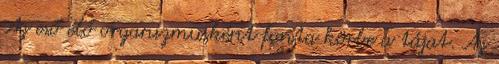
Az eső élő organizmusként fonta körbe a tájat. Az